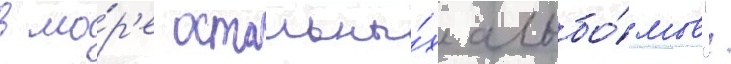
в мо́р'е остальны́х альбо́мов".